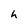
Character: h